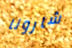
شارونا